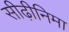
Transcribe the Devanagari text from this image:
सीढ़ीनिमा